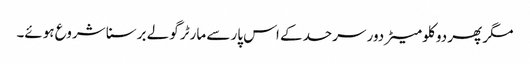
مگر پھر دو کلو میٹر دور سرحد کے اس پار سے مارٹر گولے برسنا شروع ہوئے۔